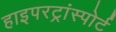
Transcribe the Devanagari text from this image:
हाइपरट्रांस्पोर्ट